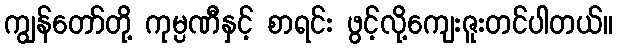
ကျွန်တော်တို့ ကုမ္ပဏီနှင့် စာရင်း ဖွင့်လို့ကျေးဇူးတင်ပါတယ်။